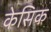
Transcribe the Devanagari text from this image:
केसिक